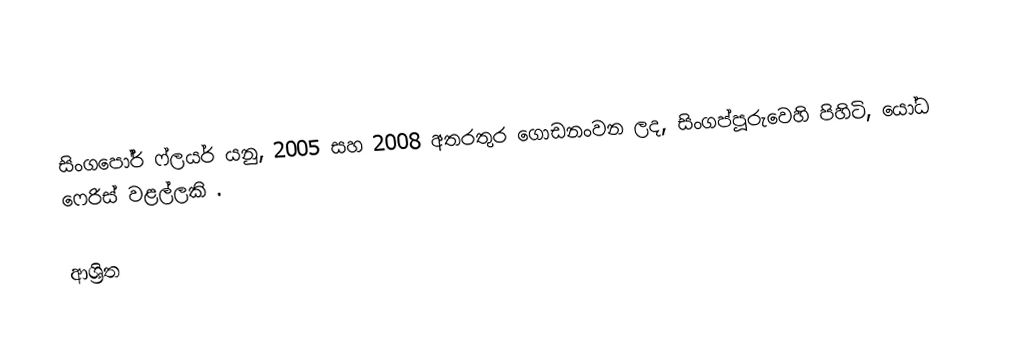
සිංගපෝර් ෆ්ලයර් යනු, 2005 සහ 2008 අතරතුර ගොඩනංවන ලද, සිංගප්පූරුවෙහි පිහිටි, යෝධ ෆෙරිස් වළල්ලකි .

ආශ්‍රිත